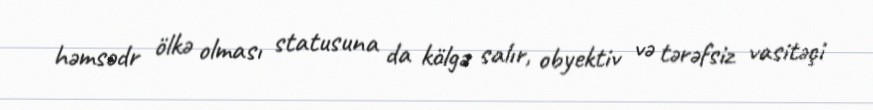
həmsədr ölkə olması statusuna da kölgə salır, obyektiv və tərəfsiz vasitəçi